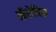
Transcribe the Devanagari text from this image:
ऑरोविल